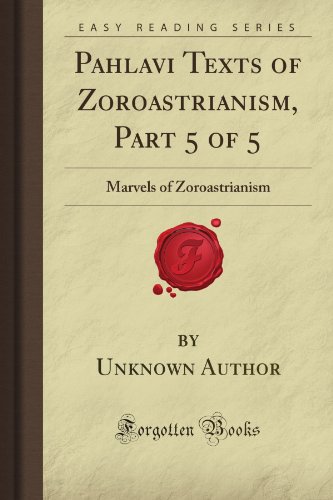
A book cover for Pahlavi Texts of Zoroastrianism, Part 5 of 5: Marvels of Zoroastrianism (Forgotten Books); Unknown Firminger Author; Religion & Spirituality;